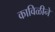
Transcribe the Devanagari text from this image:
काविळीने